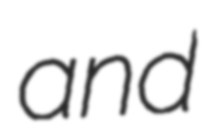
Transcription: and